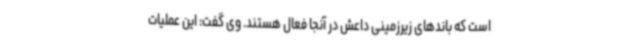
است که باندهای زیرزمینی داعش در آنجا فعال هستند. وی گفت: این عملیات